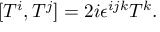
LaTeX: [ T ^ { i } , T ^ { j } ] = 2 i \epsilon ^ { i j k } T ^ { k } .